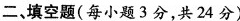
二、填空题(每小题3分，共24分)